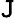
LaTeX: \mathtt{J}